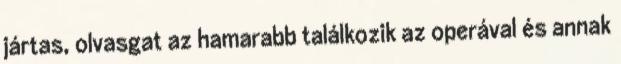
jártas, olvasgat az hamarabb találkozik az operával és annak